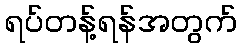
ရပ်တန့်ရန်အတွက်